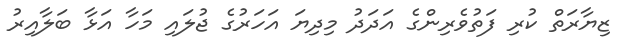
ޒިޔާރަތް ކުރި ފަތުވެރިންގެ އަދަދު މިދިޔަ އަހަރުގެ ޖުލައި މަހާ އަޅާ ބަލާއިރު